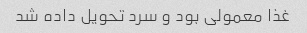
غذا معمولی بود و سرد تحویل داده شد